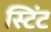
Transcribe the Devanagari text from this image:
स्टिंट